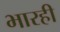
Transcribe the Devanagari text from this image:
भारही